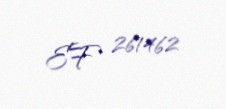
EF 261462